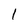
Character: 1